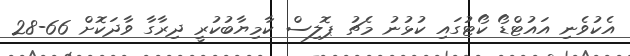
އެކުވެނި އައުޓްޑޯ ކޯޓުގައި ކުޅުނު މެޗު ޕޮލިސް ކާމިޔާބުކުރީ ދިރާގާ ވާދަކޮށް 66-28